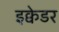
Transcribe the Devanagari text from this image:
इक्वेडर